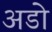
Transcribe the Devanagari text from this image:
अडो